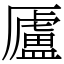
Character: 𠫂